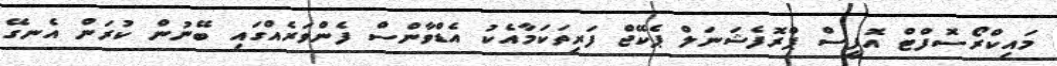
މައިކްރޯސޮފްޓް އޮފީސް ޕްރޮފެޝަނަލް ޕެކޭޖް ފަރިތަކަމާއެކު އެޑްވާންސް ފެންވަރެއްގައި ބޭނުން ކުރަން އެނގޭ